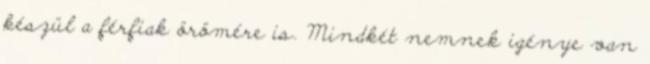
készül a férfiak örömére is. Mindkét nemnek igénye van